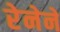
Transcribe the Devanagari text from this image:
रेनेने